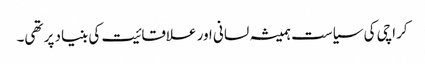
کراچی کی سیاست ہمیشہ لسانی اور علاقائیت کی بنیاد پر تھی۔